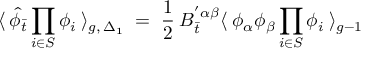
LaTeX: \langle \: { \hat { \phi } } _ { \bar { t } } \prod _ { i \in S } \phi _ { i } \: \rangle _ { g , \: { \Delta _ { 1 } } } \; = \; \frac { 1 } { 2 } \: B _ { \bar { t } } ^ { ' \alpha \beta } \langle \: \phi _ { \alpha } \phi _ { \beta } \prod _ { i \in S } \phi _ { i } \: \rangle _ { g - 1 } \,